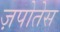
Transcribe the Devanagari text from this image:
ज़पोतेस